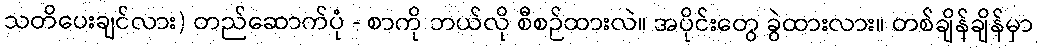
သတိပေးချင်လား) တည်ဆောက်ပုံ - စာကို ဘယ်လို စီစဉ်ထားလဲ။ အပိုင်းတွေ ခွဲထားလား။ တစ်ချိန်ချိန်မှာ